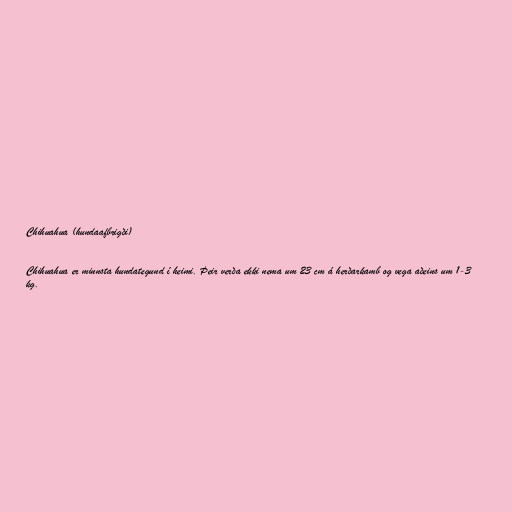
Chihuahua (hundaafbrigði)

Chihuahua er minnsta hundategund í heimi. Þeir verða ekki nema um 23 cm á herðarkamb og vega aðeins um 1-3
kg.